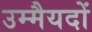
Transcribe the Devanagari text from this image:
उम्मैयदों